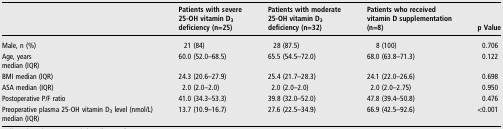
|  | Patients with severe 25-OH vitamin D3 deficiency (n=25) | Patients with moderate 25-OH vitamin D3 deficiency (n=32) | Patients who received vitamin D supplementation (n=8) | p Value |
 | --- | --- | --- | --- | --- |
 | Male, n (%) | 21 (84) | 28 (87.5) | 8 (100) | 0.706 |
 | Age, yearsmedian (IQR) | 60.0 (52.0–68.5) | 65.5 (54.5–72.0) | 68.0 (63.8–71.3) | 0.122 |
 | BMI median (IQR) | 24.3 (20.6–27.9) | 25.4 (21.7–28.3) | 24.1 (22.0–26.6) | 0.698 |
 | ASA median (IQR) | 2.0 (2.0–2.0) | 2.0 (2.0–2.0) | 2.0 (2.0–2.75) | 0.950 |
 | Postoperative P/F ratio | 41.0 (34.3–53.3) | 39.8 (32.0–52.0) | 47.8 (39.4–50.8) | 0.476 |
 | Preoperative plasma 25-OH vitamin D3 level (nmol/L)median (IQR) | 13.7 (10.9–16.7) | 27.6 (22.5–34.9) | 66.9 (42.5–92.6) | <0.001 |